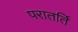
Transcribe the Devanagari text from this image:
परातर्ति